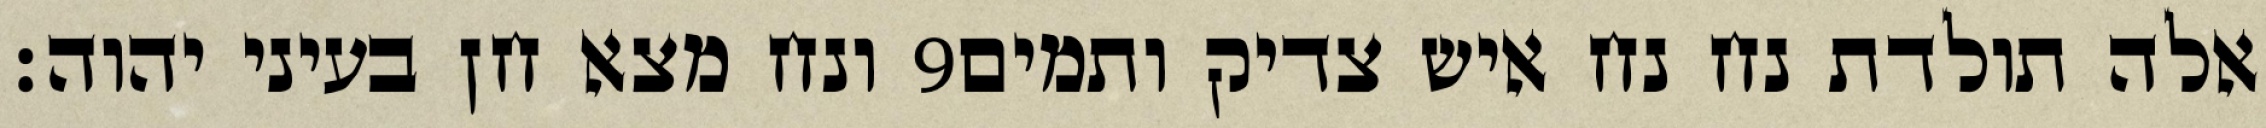
ונח מצא חן בעיני יהוה׃ ‎9‏ אלה תולדת נח נח איש צדיק ותמים